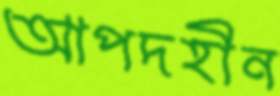
আপদহীন